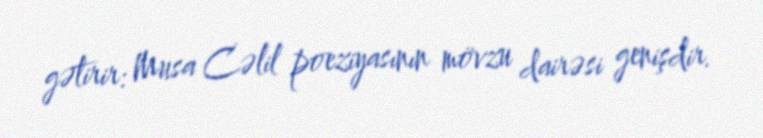
gətirir: Musa Cəlil poeziyasının mövzu dairəsi genişdir.